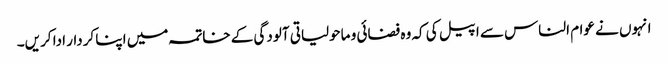
انہوں نے عوام الناس سے اپیل کی کہ وہ فضائی و ماحولیاتی آلودگی کے خاتمہ میں اپنا کردار ادا کریں۔